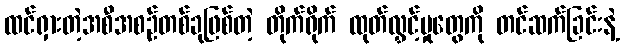
ထင်ရှားတဲ့အစီအစဉ်တစ်ခုဖြစ်တဲ့ တိုက်ရိုက် ထုတ်လွှင့်မှုတွေကို တင်ဆက်ခြင်းနဲ့